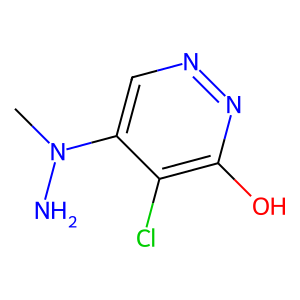
SMILES: CN(N)c1cnnc(O)c1Cl
Inhibits HIV replication: No